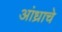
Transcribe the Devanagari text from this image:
आंध्राचे